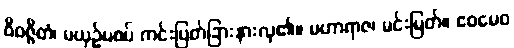
ဝိဝဇ္ဇိတံ၊ မယှဉ်မစပ် ကင်းပြတ်ခြားနားလှ၏။ မဟာရာဇ၊ မင်းမြတ်။ ဧဝမေဝ